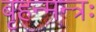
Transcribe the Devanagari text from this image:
बृहन्मन्त्रः